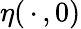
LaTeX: \eta(\, \cdot\, ,0)